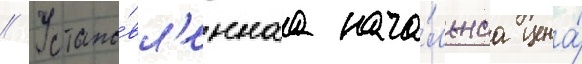
// Устано́вл'еннаа нача́льнаа цена́